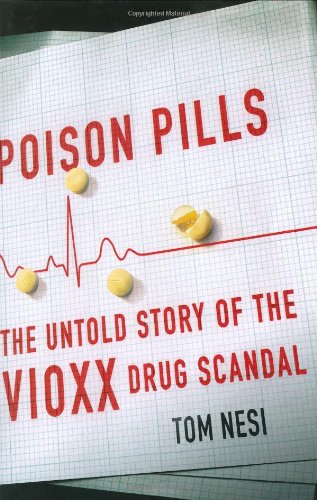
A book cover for Poison Pills: The Untold Story of the Vioxx Drug Scandal; Tom Nesi; Medical Books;